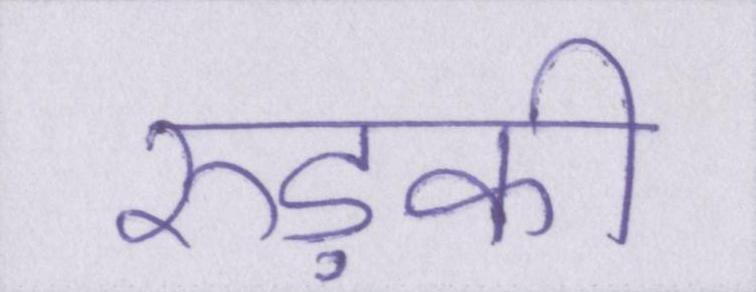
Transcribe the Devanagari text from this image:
रुड़की